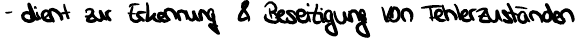
- dient zur Erkennung & Beseitigung von Fehlerzuständen